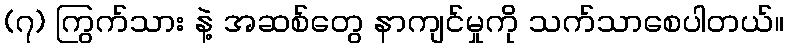
(၇) ကြွက်သား နဲ့ အဆစ်တွေ နာကျင်မှုကို သက်သာစေပါတယ်။